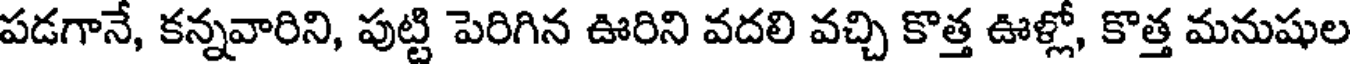
పడగానే, కన్నవారిని, పుట్టి పెరిగిన ఊరిని వదలి వచ్చి కొత్త ఊళ్లో, కొత్త మనుషుల